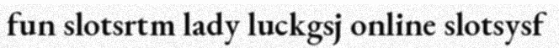
fun slotsrtm lady luckgsj online slotsysf